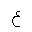
Letter: _ayn